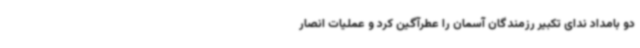
دو بامداد ندای تکبیر رزمندگان آسمان را عطرآگین کرد و عملیات انصار